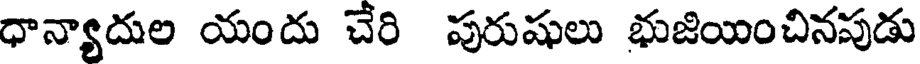
ధాన్యాదుల యందు చేరి పురుషులు భుజియించినపుడు